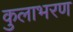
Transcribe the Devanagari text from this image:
कुलाभरण